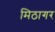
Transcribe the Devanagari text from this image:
मिठागर